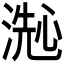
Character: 𬈞